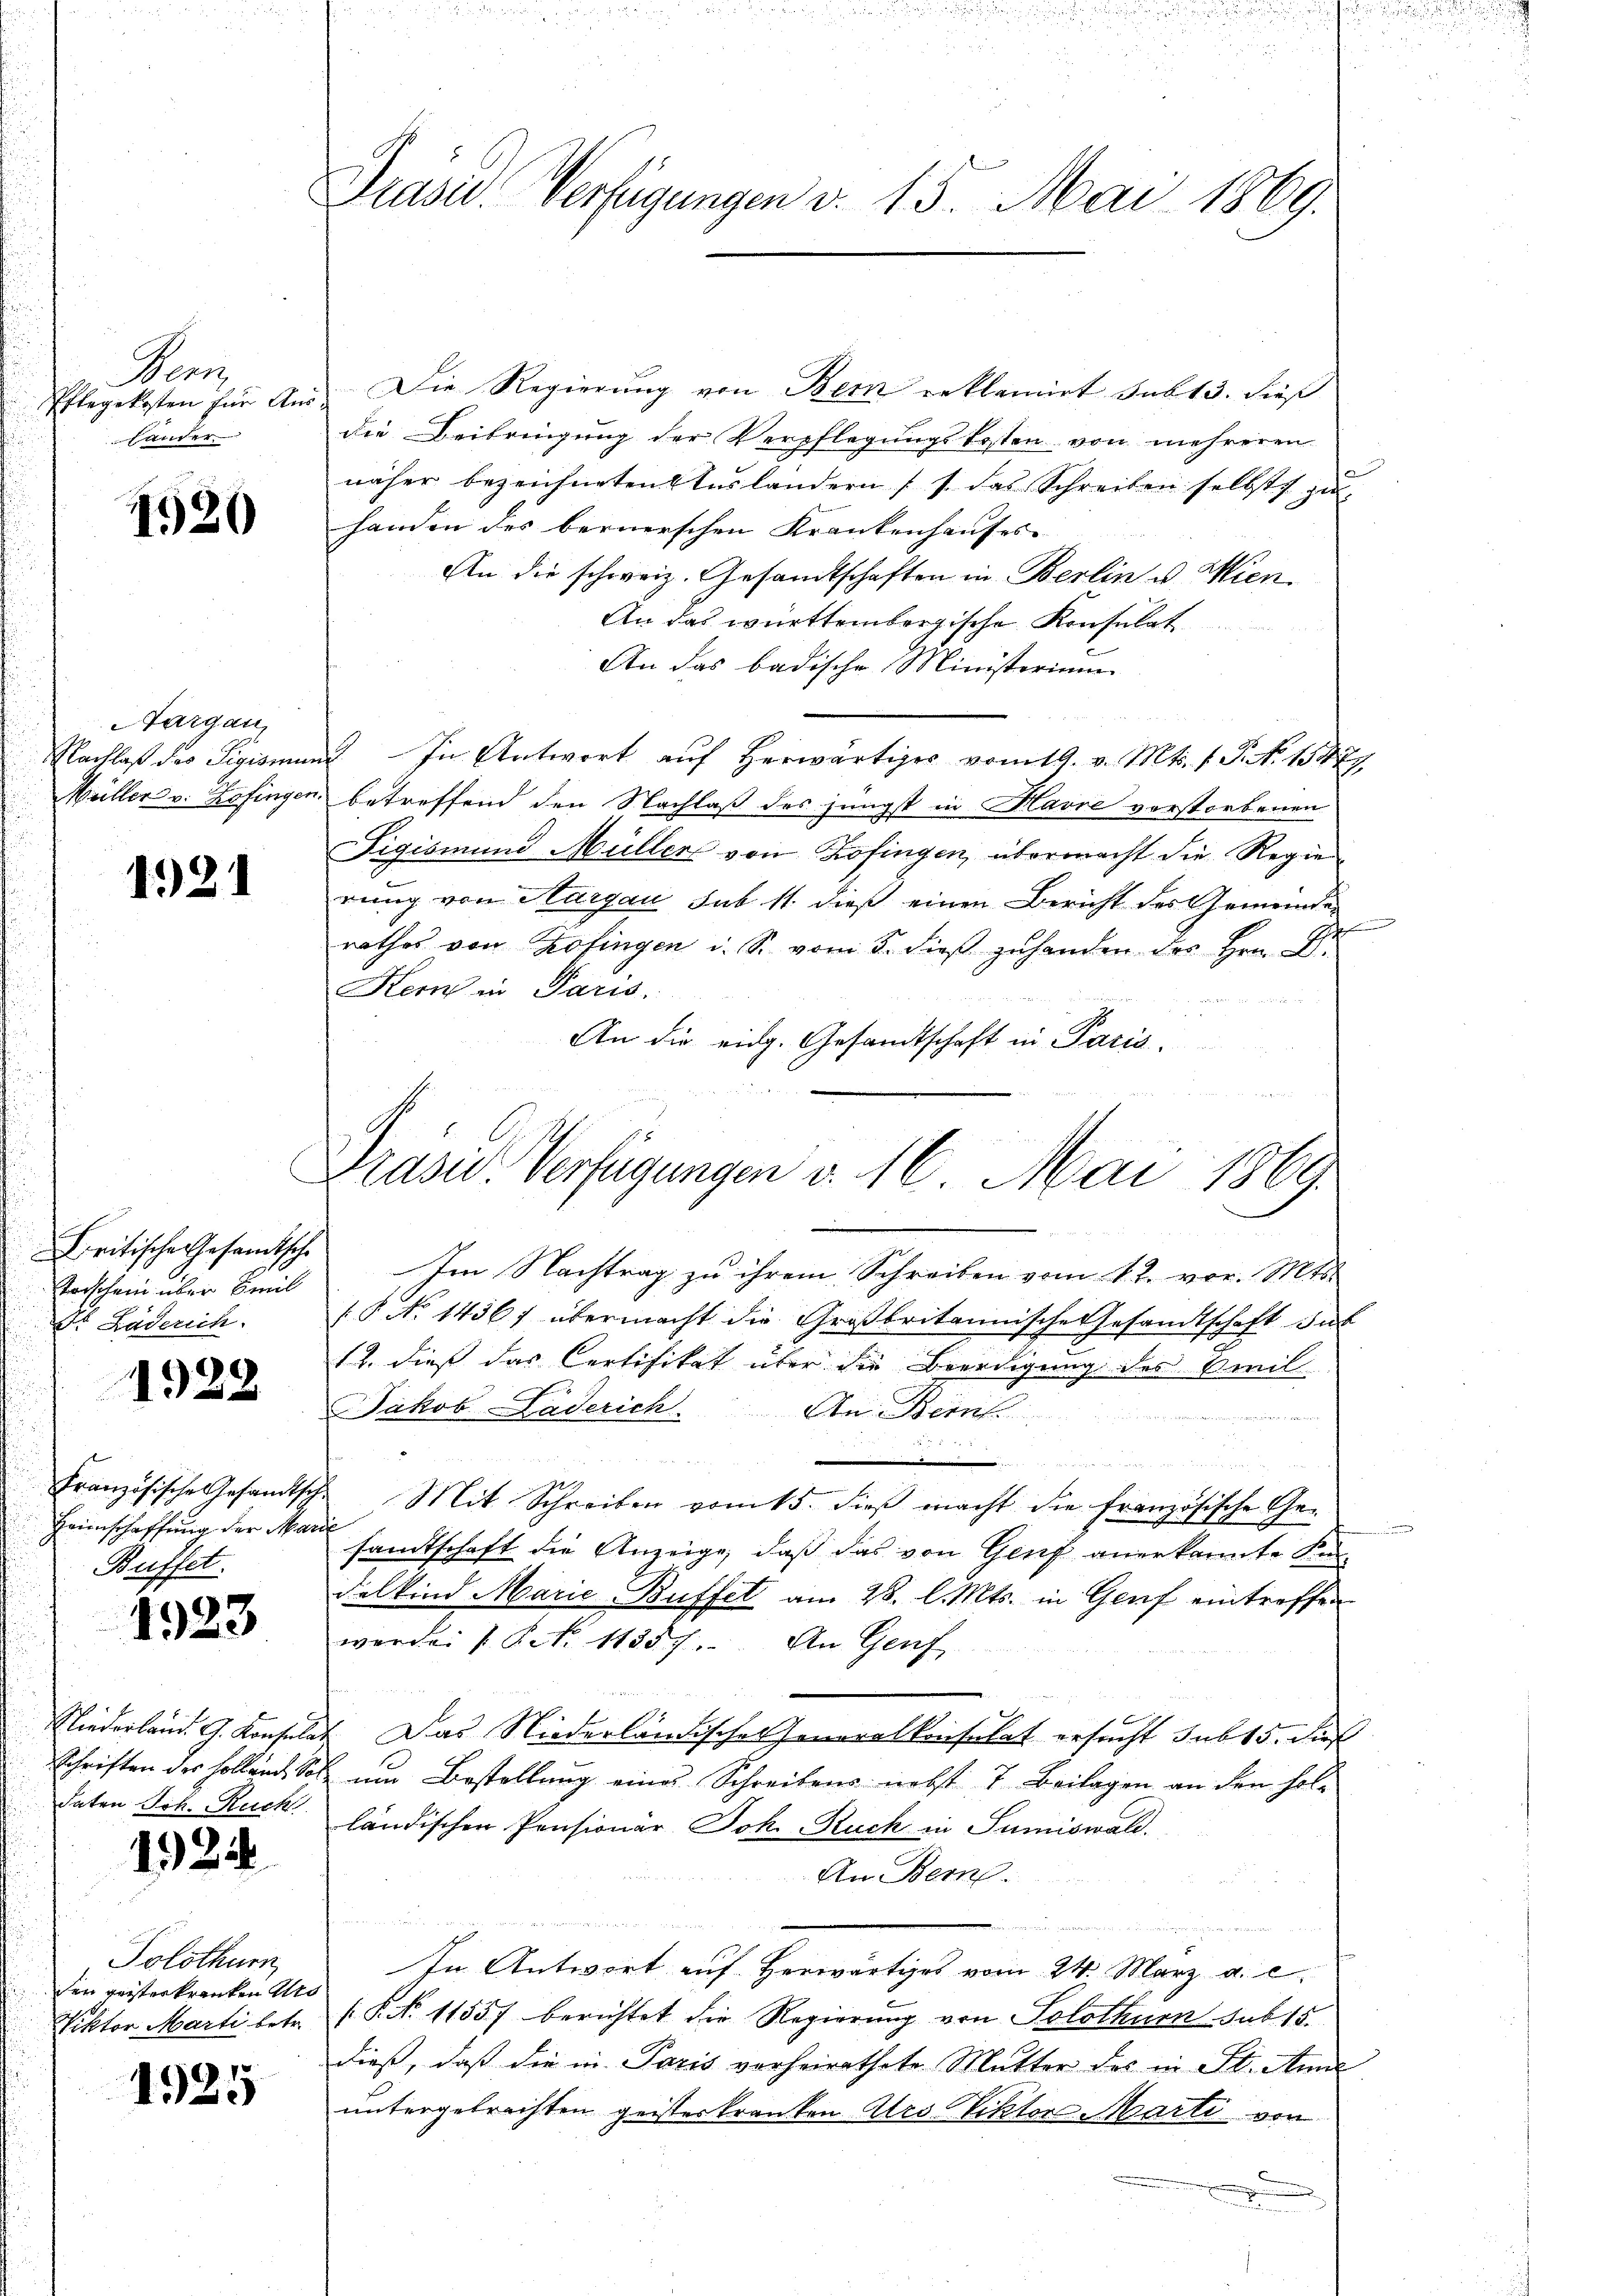
Verz
Pflegekosten für An
Lander

4920

Aargau,
Nachlaß das Sigismus
Müller v. Zofingen

1921

Britische Gesandtsche
Vorschein über Emil
St Läderich.

1928

Französische Gesandtsch.
Heimschaffung der Mari
Buffet.

1923

Schriften des Holland Sol
daten Joh. Ruck

124

Solothurn,
den geisterkranken Urs
Viktor Marti betr.

1925

Präsid. Verfügungen v. 15. Mai 1869.

Präsid. Verfügungen v. 16. Mai 1869.

Die Regierung von Bern reklamirt sub 13. dieß
die Beibringung der Verpflegungskosten von mehreren
näher bezeichneten Auslandern (s. das Schreiben selbst zŭ
handen des bernerschen Krankenhauses
An die schweiz. Gesandtschaften in Berlin u. Wien
An das württembergische Konsulat
An das badische Ministerium
2. In Antwort auf herwärtiges vom 19. v. Mts. f. P. N. 1542
betreffend den Nachlass des jüngst in Havre verstorbenen
Sigismund Müller von Zofingen, übermacht die Regie
rung von Aargau sub 11. dieß einen Bericht des Gemeinde-
rathes von Zofingen u. S. vom 5. dieβ zŭ handen des Hrn. D
Hern in Paris.
An die eidg. Gesandtschaft in Paris.
Im Nachtrag zu ihrem Schreiben vom 12. vor. Mts.
(§ No 1436: übermacht die Großbritannische Gesandtschaft das
.
12. dieß das Certifikat über die Beerdigung des Oril
Jakob Läderich. An Bern

g
 Mit Schreiben vom 5. dieß macht die französische Gef
sandtschaft die Anzeige, daß das von Genf anerkannte Kn
delkind Marie-Buffet am 28. l. Mts. in Genf eintreffen
werde (§. 11357. An Genf
Niederland. G. Konsulat. Das Niederländisches Generalkonsulat ersucht sub 15. dies
um Bestellung eines Schreibens nebst 7 Beilagen an den fol-
ländischen Pensionär Joh. Ruck in Sumiswald.
An Bem

In Antwort auf Herwärtiges vom 24. März a. c.
[P No 11557 berichtet die Regierung von Solothurn sub 15.
dieß, daß die in Paris vorheirathete Mutter des in St. Anna
untergebrachten geisterkranken Atro Viktor Marti von
.